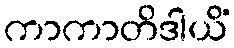
ကာကာတိဒါယိံ